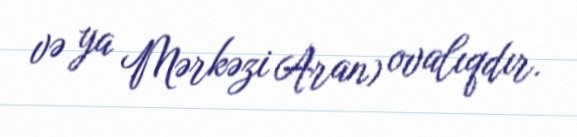
və ya Mərkəzi Aran) ovalıqdır.